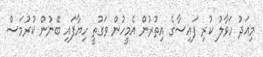
މިއަދު ހަވާލު ކުރި ފައިސާގެ އިތުރުން އެމީހުން ވަގުތީ ހިޔާފައި ބޭނުން ކުރުމަސް